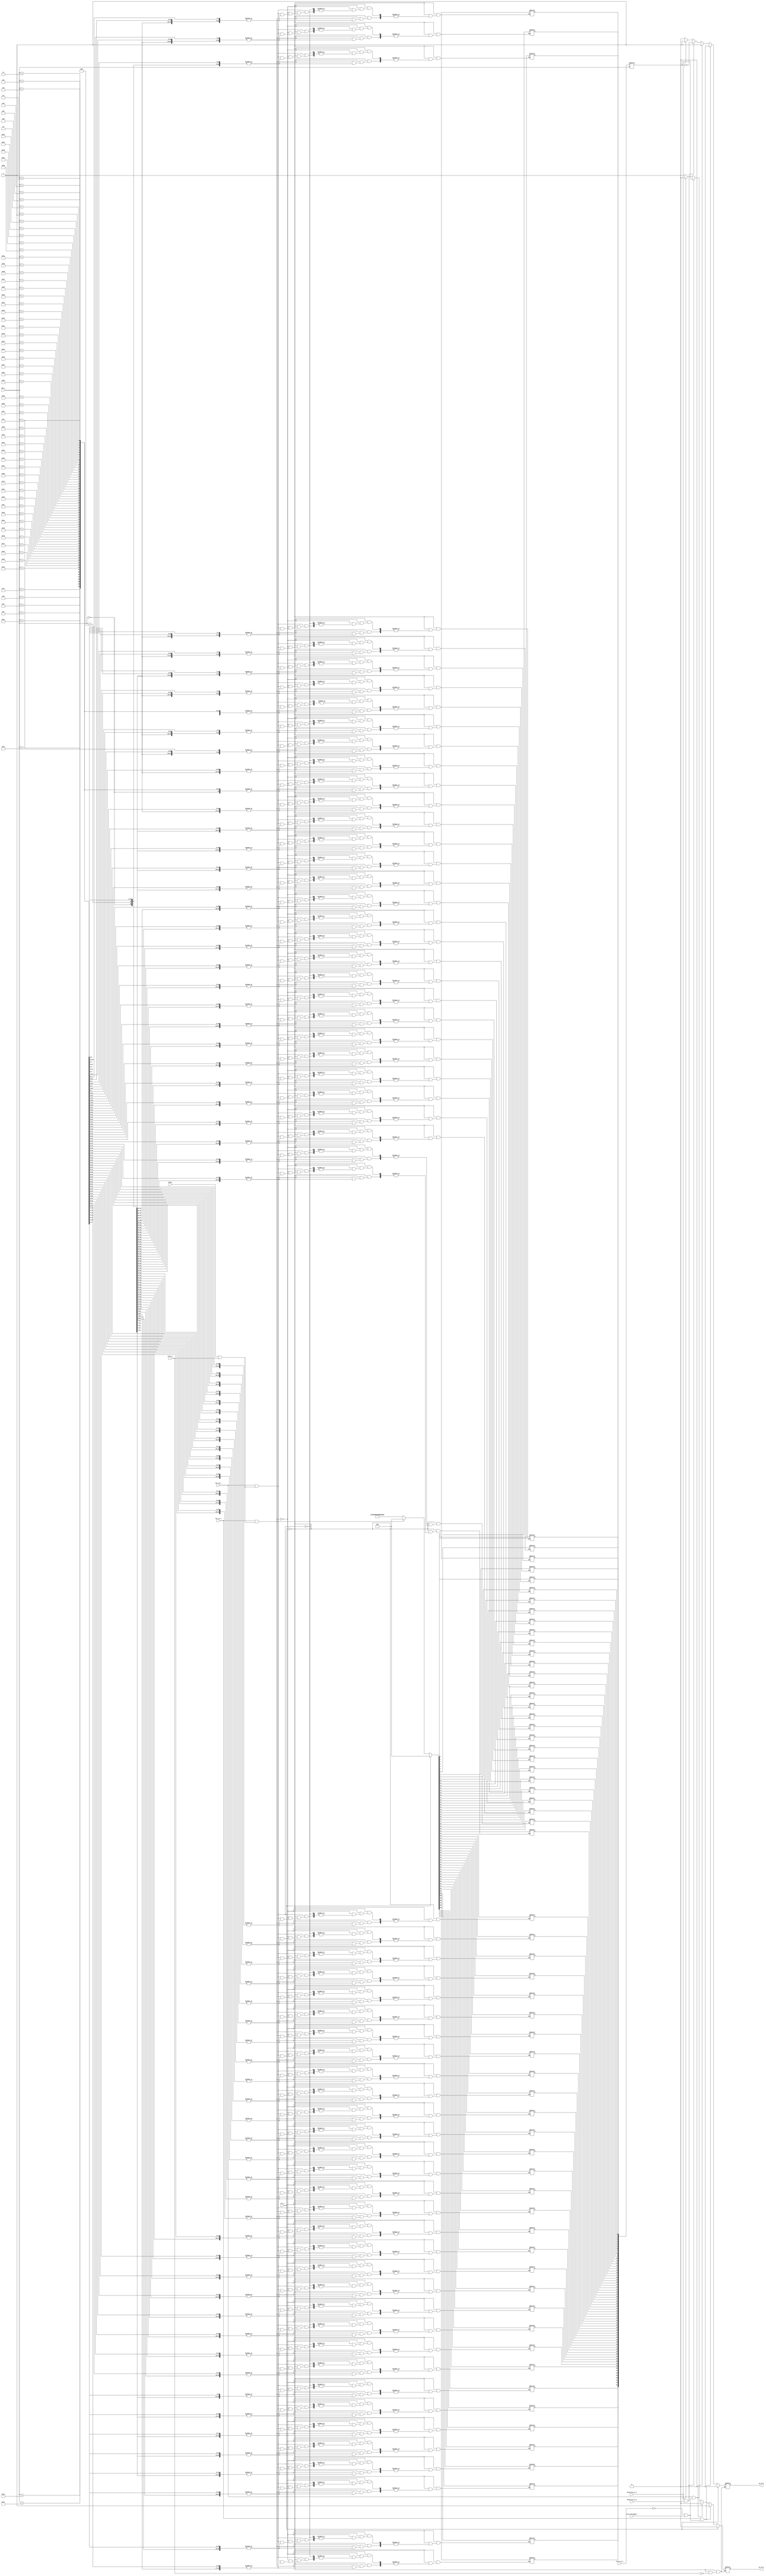
`timescale 1ns / 1ps
module Cache_replacement_data#(
      parameter idx_size = 6,
      parameter block_no = 64
      )
      (
      input rst_i,
      input read_i,
      input write_i,
      input [idx_size -1 :0] idx_i,
      input hit_s1_i, // set 1 hit input
      input hit_s2_i, // set 2 hit input
      input write_L2_i, // L2 write signal
      input write_through_i, // write will be done as write throug
      input valid_out_s1_i,
      input valid_out_s2_i,
      output reg we_s1_o, // set1 write signal
      output reg we_s2_o  // set2 write signal
      );

      reg [block_no-1:0] lru_holder_s2; // holding the LRU (either LRU or not) for each block on set2
  // if lru_holder_s2 is 0 means set 1 was last read, if it is 1 means set 2 was last read
      always @ (*) begin 
        if(rst_i) begin
          lru_holder_s2[block_no-1:0] = 64'b0;
        end
        else if (hit_s1_i & (read_i | write_i)) begin // If set 1 has hits and can be read or written then lru_holder_s2 should be 0
            lru_holder_s2[idx_i] = 1'b0; 
        end
        else if(hit_s2_i & (read_i | write_i)) begin // If set 2 has hits and can be read or written then lru_holder_s2 should be 1
            lru_holder_s2[idx_i] = 1'b1;
        end
        end
      
      always@ (*) begin 
        if(rst_i) begin
          we_s2_o = 1'b0;
          we_s1_o = 1'b0;
        end
        else if (write_i) begin 
          if(hit_s1_i & (~write_L2_i | write_through_i)) begin  // if there is write_through look for hit  if there is a hit in set 1 then write into set1
            we_s1_o = 1'b1; 
            we_s2_o = 1'b0; 
          end
          else if(hit_s2_i & (~write_L2_i | write_through_i)) begin // if there is write_through look for hit if there is a hit in set 2 then write into set2
            we_s2_o = 1'b1;
            we_s1_o = 1'b0;
          end
          else if(valid_out_s1_i & valid_out_s2_i) begin // if both sets are written (valid bits indicate that) 
            we_s2_o = ~lru_holder_s2[idx_i];  // logical not value of lru holder decide we signal (because it holds lastly used)
            we_s1_o = lru_holder_s2[idx_i];// value of lru holder decide we signal (because it holds lastly used)
          end
          else if(valid_out_s1_i) begin  // if only set 1 is written than write into set 2
            we_s2_o = 1'b1;
            we_s1_o = 1'b0;
          end
          else begin  // if written for first time always write to set 1 first
            we_s2_o = 1'b0;
            we_s1_o = 1'b1;
          end
        end
      end
endmodule